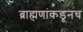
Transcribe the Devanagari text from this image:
ब्राह्मणांकडूनच